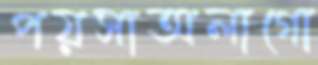
পয়সাঅলাগো